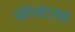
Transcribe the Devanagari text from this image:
प्लियोटरोपी